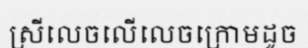
ស្រីលេចលើលេចក្រោមដូច